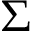
\Sigma